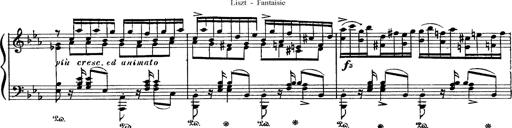
Title: Fantaisie sur des motifs favoris de l'opÃ©ra 'La sonnambula'
Composer: Franz Liszt